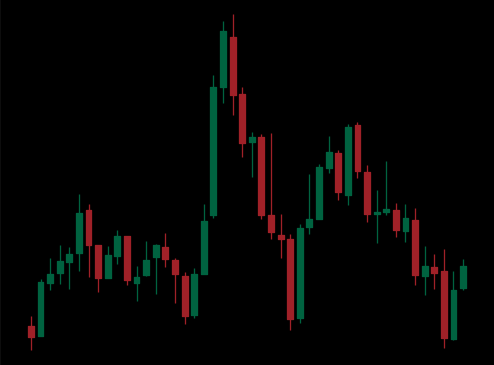
Pattern: head_shoulders